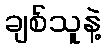
ချစ်သူနဲ့